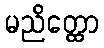
မညိတ္ထော